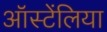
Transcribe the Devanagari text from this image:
ऑस्टेंलिया